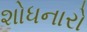
શોધનારો